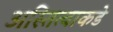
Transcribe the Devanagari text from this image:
अस्तित्वाकडे